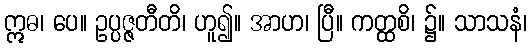
ဣဓ၊ ပေ။ ဥပ္ပဇ္ဇတီတိ၊ ဟူ၍။ အာဟ၊ ပြီ။ ကတ္ထစိ၊ ၌။ သာသနံ၊